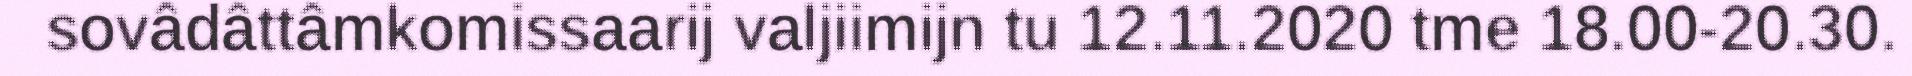
sovâdâttâmkomissaarij valjiimijn tu 12.11.2020 tme 18.00-20.30.